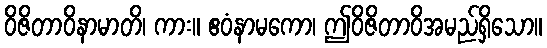
ဝိဇိတာဝိနာမာတိ၊ ကား။ ဧဝံနာမကော၊ ဤဝိဇိတာဝိအမည်ရှိသော။